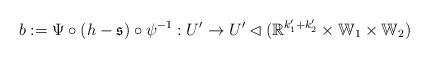
LaTeX: \begin{align*} b := \Psi \circ (h - \mathfrak{s}) \circ \psi^{-1} : U' \rightarrow U' \lhd (\mathbb{R}^{k'_1 + k'_2} \times \mathbb{W}_1 \times \mathbb{W}_2)\end{align*}